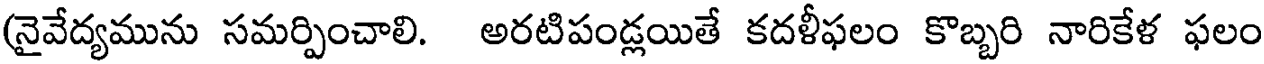
(నైవేద్యమును సమర్పించాలి. అరటిపండ్లయితే కదళీఫలం కొబ్బరి నారికేళ ఫలం